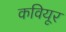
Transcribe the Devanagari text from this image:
कवियूर